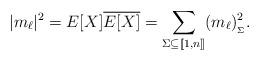
LaTeX: \begin{align*} |m_\ell|^2 = E[X]\overline{E[X]} = \sum_{\Sigma\subseteq [\![1,n]\!]} (m_\ell)_{_\Sigma}^2.\end{align*}